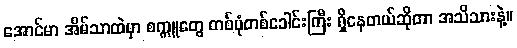
အောင်မာ အိမ်သာထဲမှာ စက္ကူတွေ တစ်ပုံတစ်ခေါင်းကြီး ရှိနေတယ်ဆိုတာ အသိသားနဲ့။